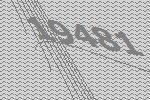
19481